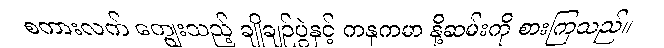
စကားလက် ကျွေးသည့် ချိုချဉ်ပွဲနှင့် ကနုကမာ နို့ဆမ်းကို စားကြသည်။